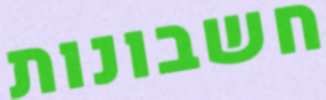
חשבונות